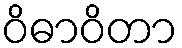
ဝိဓာဝိတာ